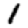
Digit: 1